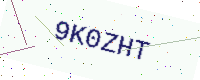
Text: 9K0ZHT